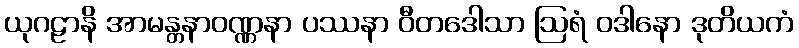
ယုဂဠာနိ အာမန္တနာဝဏ္ဏနာ ပဿနာ ဝီတဒေါသာ ဩရံ ဝဒါနော ဒုတိယကံ